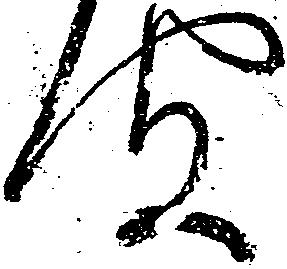
聞